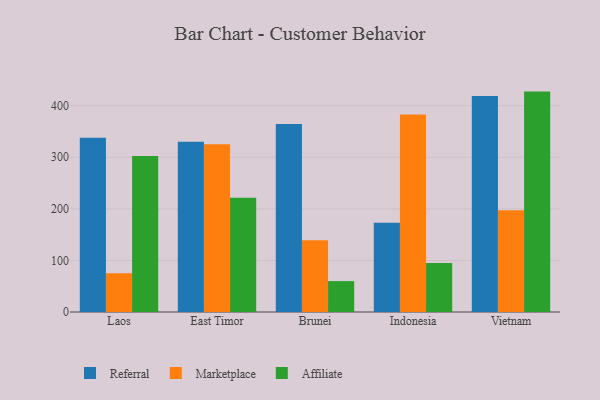
{"axis": {"x": "Country", "y": "Humidity (%)"}, "legend": ["Affiliate", "Marketplace", "Referral"], "data": [{"x": "Laos", "y": 337.7, "type": "Referral"}, {"x": "Laos", "y": 74.9, "type": "Marketplace"}, {"x": "Laos", "y": 302.4, "type": "Affiliate"}, {"x": "East Timor", "y": 330.2, "type": "Referral"}, {"x": "East Timor", "y": 325.0, "type": "Marketplace"}, {"x": "East Timor", "y": 221.4, "type": "Affiliate"}, {"x": "Brunei", "y": 364.4, "type": "Referral"}, {"x": "Brunei", "y": 139.3, "type": "Marketplace"}, {"x": "Brunei", "y": 59.9, "type": "Affiliate"}, {"x": "Indonesia", "y": 173.2, "type": "Referral"}, {"x": "Indonesia", "y": 382.8, "type": "Marketplace"}, {"x": "Indonesia", "y": 94.8, "type": "Affiliate"}, {"x": "Vietnam", "y": 418.7, "type": "Referral"}, {"x": "Vietnam", "y": 197.2, "type": "Marketplace"}, {"x": "Vietnam", "y": 427.3, "type": "Affiliate"}]}